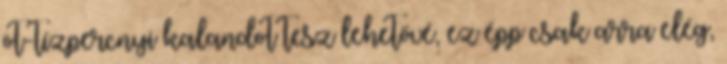
öt-tízpercnyi kalandot tesz lehetővé, ez épp csak arra elég,